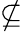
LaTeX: \nsubseteq